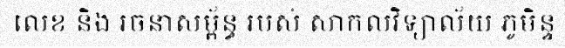
លេខ និង រចនាសម្ព័ន្ធ របស់ សាកលវិទ្យាល័យ ភូមិន្ទ